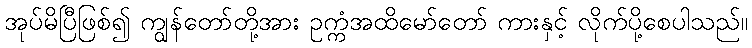
အုပ်မိပြီဖြစ်၍ ကျွန်တော်တို့အား ဥက္ကံအထိမော်တော် ကားနှင့် လိုက်ပို့စေပါသည်။